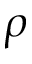
\rho